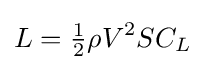
L={\tfrac {1}{2}}\rho V^{2}SC_{L}